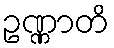
ဥဏ္ဏာတိ